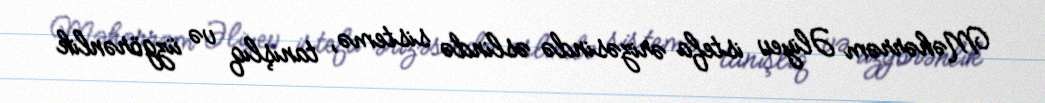
Məhərrəm Əliyev istefa ərizəsində əslində sistemə, tanışlıq və üzgörənlik